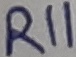
Text: R11